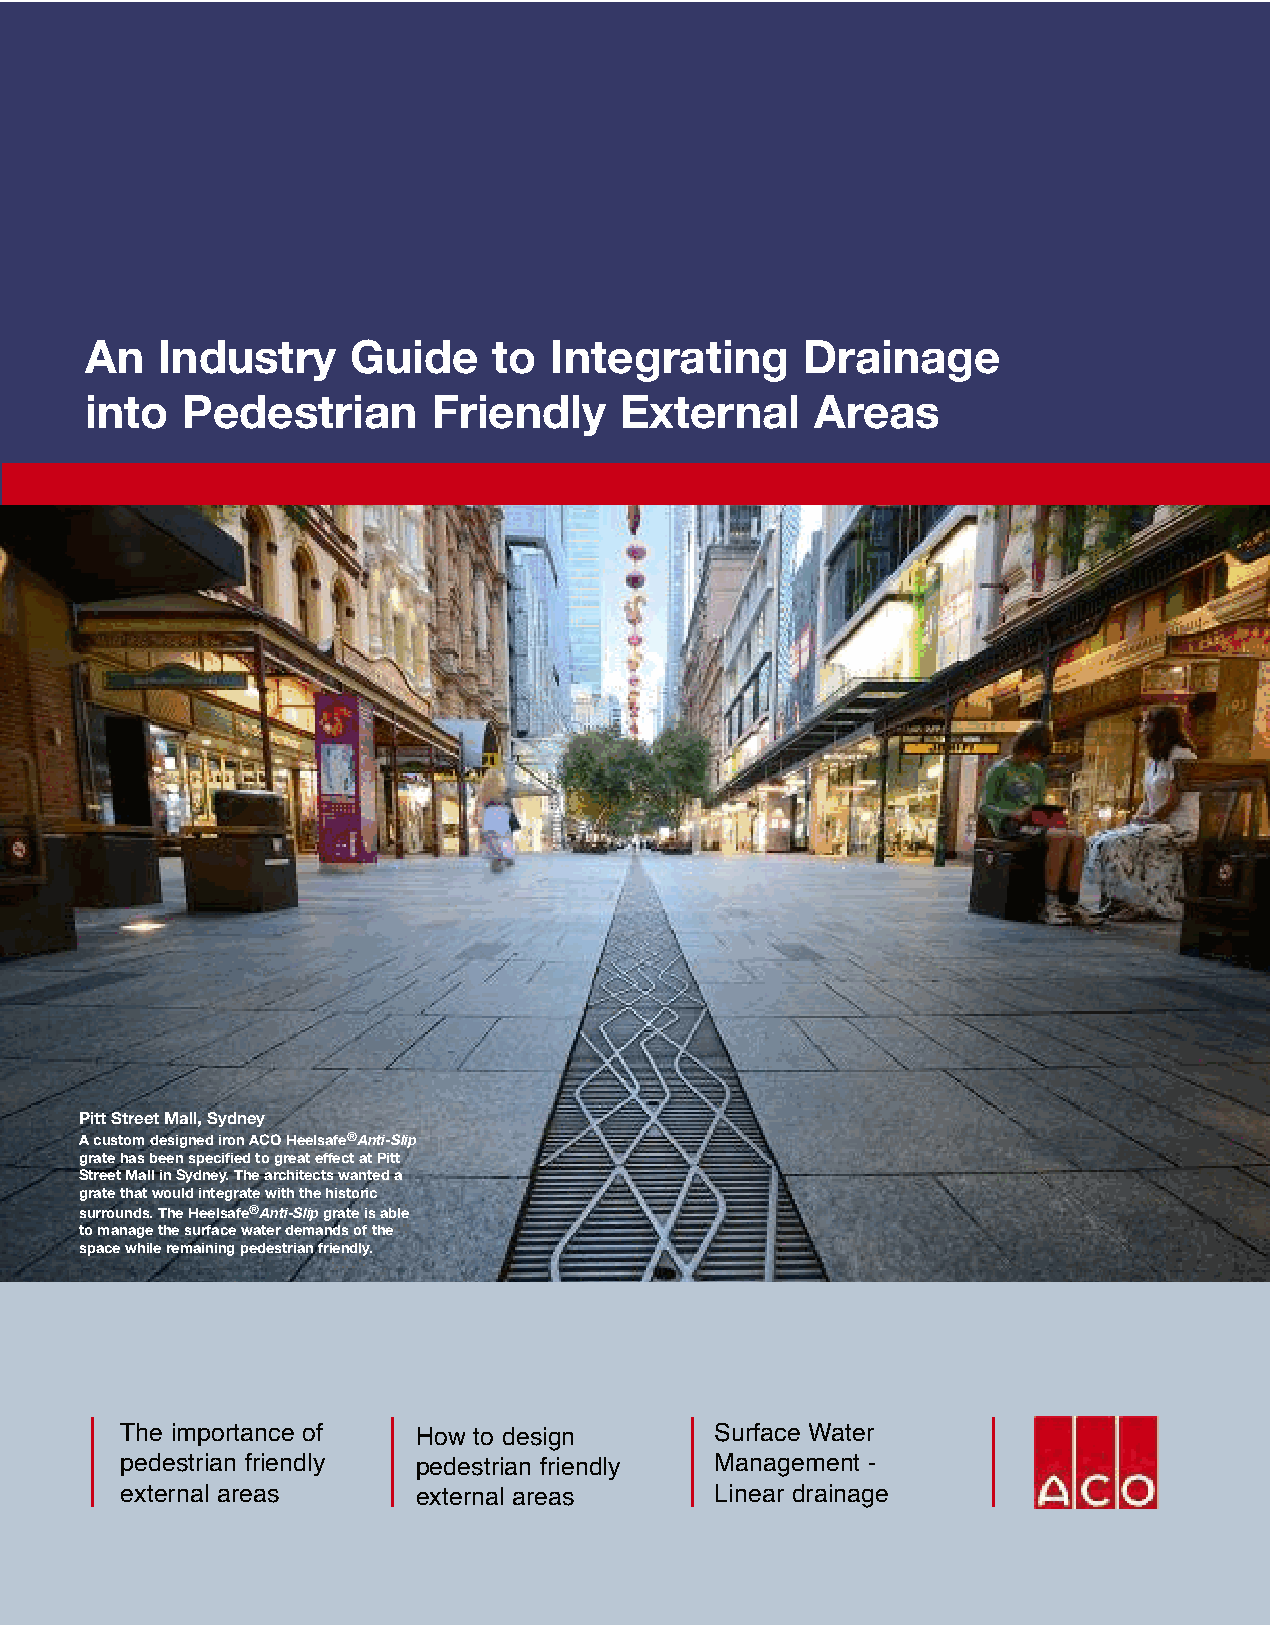
An  Industry     Guide     to Integrating      Drainage
 into  Pedestrian       Friendly    External     Areas
 Pitt Street Mall, Sydney
 A custom designed iron ACO Heelsafe®Anti-Slip
 grate has been specified to great effect at Pitt
 Street Mall in Sydney. The architects wanted a
 grate that would integrate with the historic
 surrounds. The Heelsafe®Anti-Slipgrate is able
 to manage the surface water demands of the
 space while remaining pedestrian friendly.
 I                  I                   I                   I
 The importance of   How to design      Surface Water
 pedestrian friendly pedestrian friendly Management -
 external areas      external areas     Linear drainage